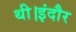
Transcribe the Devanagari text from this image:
थी।इंदौर